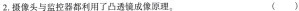
2.摄像头与监控器都利用了凸透镜成像原理。()